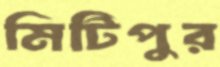
মিটিপুর